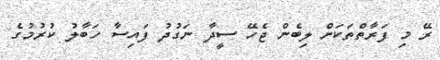
ރޭ މި ފަރާތްތަކަށް ލިބެން ޖެހޭ ސީދާ ނަގުދު ފައިސާ ހަބާލު ކުރުމުގެ